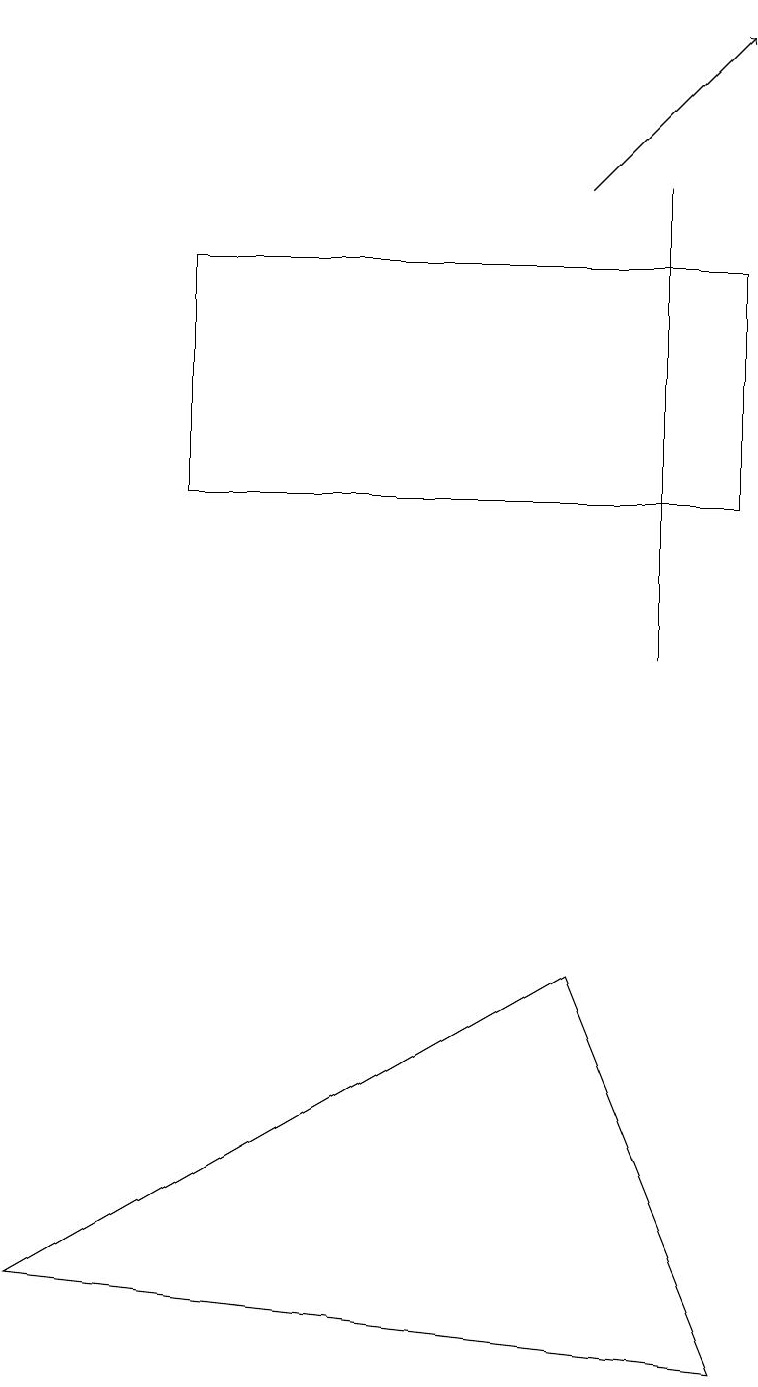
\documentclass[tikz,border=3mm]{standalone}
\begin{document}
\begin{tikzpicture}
\draw (2,13) rectangle (9,16);
\draw[->] (7,17) -- (9,19);
\draw (8,17) rectangle (8,11);
\draw (0,3) -- (7,7) -- (9,2) -- cycle;
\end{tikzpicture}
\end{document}